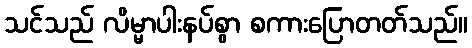
သင်သည် လိမ္မာပါးနပ်စွာ စကားပြောတတ်သည်။